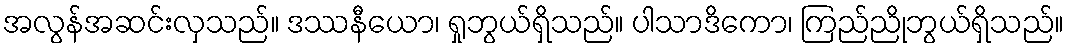
အလွန်အဆင်းလှသည်။ ဒဿနီယော၊ ရှုဘွယ်ရှိသည်။ ပါသာဒိကော၊ ကြည်ညိုဘွယ်ရှိသည်။